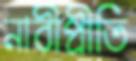
নারীপ্রীতি